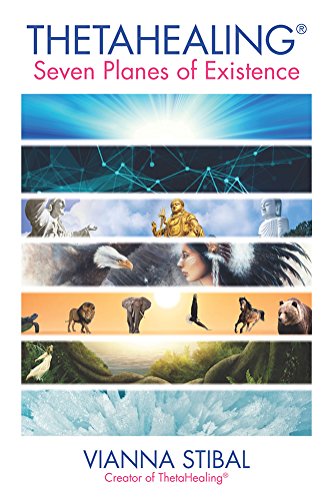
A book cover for ThetaHealingÂ® The Seven Planes of Existence; Vianna Stibal; Health, Fitness & Dieting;